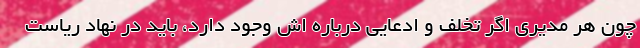
چون هر مدیری اگر تخلف و ادعایی درباره اش وجود دارد، باید در نهاد ریاست